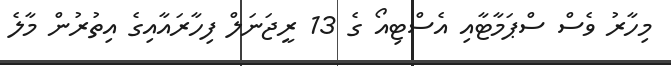
މިހާރު ވެސް ސްޕަމާޓާއި އެސްޓިއޯ ގެ 13 ރީޖަނަލް ފިހާރައާއިގެ އިތުރުން މާލެ